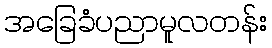
အခြေခံပညာမူလတန်း